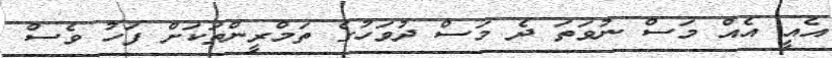
އެއީ އެއް މަސް ނުވަތަ ދެ މަސް ދުވަހުގެ ތަމްރީންތަކަށް ފަހު ވެސް